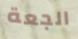
الجعة